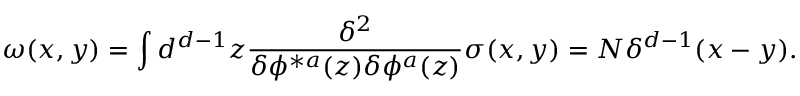
\omega ( x , y ) = \int d ^ { d - 1 } z { \frac { \delta ^ { 2 } } { \delta \phi ^ { * a } ( z ) \delta \phi ^ { a } ( z ) } } \sigma ( x , y ) = N \delta ^ { d - 1 } ( x - y ) .